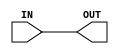

`ifdef BSV_ASSIGNMENT_DELAY
`else
`define BSV_ASSIGNMENT_DELAY
`endif

module ProbeWire(OUT, IN);

   parameter size = 1;

   input  [size - 1 : 0] IN;
   output [size - 1 : 0] OUT;
   
   assign OUT = IN;

endmodule